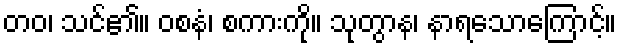
တဝ၊ သင်၏။ ဝစနံ၊ စကားကို။ သုတွာန၊ နာရသောကြောင့်။